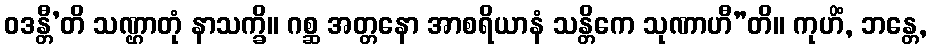
ဝဒန္တီ’တိ သဏ္ဌာတုံ နာသက္ခိ။ ဂစ္ဆ အတ္တနော အာစရိယာနံ သန္တိကေ သုဏာဟီ”တိ။ ကုဟိံ, ဘန္တေ,